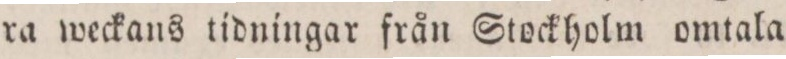
ra weckans tidningar från Stockholm omtala